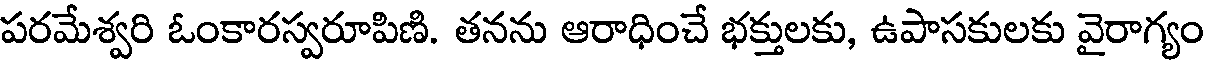
పరమేశ్వరి ఓంకారస్వరూపిణి. తనను ఆరాధించే భక్తులకు, ఉపాసకులకు వైరాగ్యం